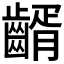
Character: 𪙀